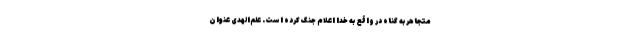
متجاهر به گناه در واقع به خدا اعلام جنگ کرده است. علم‌الهدی عنوان